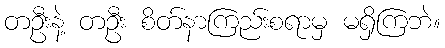
တဦးနဲ့ တဦး စိတ်နာကြည်းစရာမှ မရှိကြဘဲ။